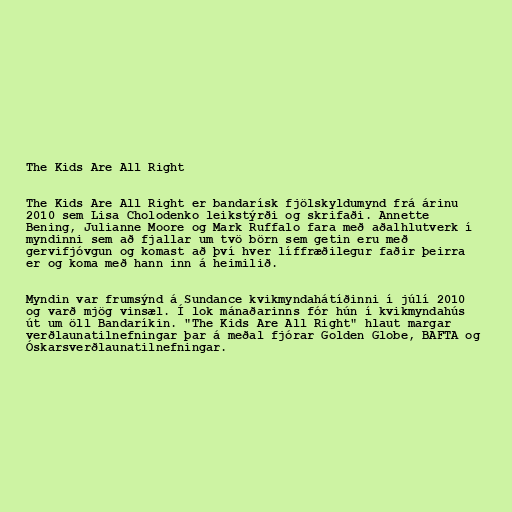
The Kids Are All Right

The Kids Are All Right er bandarísk fjölskyldumynd frá árinu
2010 sem Lisa Cholodenko leikstýrði og skrifaði. Annette
Bening, Julianne Moore og Mark Ruffalo fara með aðalhlutverk í
myndinni sem að fjallar um tvö börn sem getin eru með
gervifjóvgun og komast að því hver líffræðilegur faðir þeirra
er og koma með hann inn á heimilið.

Myndin var frumsýnd á Sundance kvikmyndahátíðinni í júlí 2010
og varð mjög vinsæl. Í lok mánaðarinns fór hún í kvikmyndahús
út um öll Bandaríkin. "The Kids Are All Right" hlaut margar
verðlaunatilnefningar þar á meðal fjórar Golden Globe, BAFTA og
Óskarsverðlaunatilnefningar.